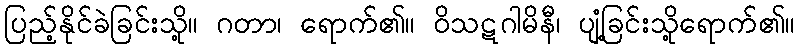
ပြည့်နိုင်ခဲခြင်းသို့။ ဂတာ၊ ရောက်၏။ ဝိသဋဂါမိနီ၊ ပျံ့ခြင်းသို့ရောက်၏။